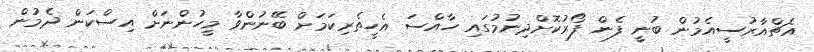
އެޗްއާރުސީއެމުން ބުނީ ފެން ފޯރުކޮށްދިނުމުގައި ހާއްސަ އެހީތެރިކަމަށް ބޭނުންވާ މީހުންނަށް އިސްކަން ދެމުން